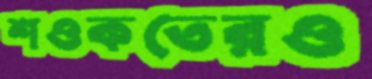
শওকতেরও